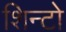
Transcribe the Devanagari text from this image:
शिन्टो